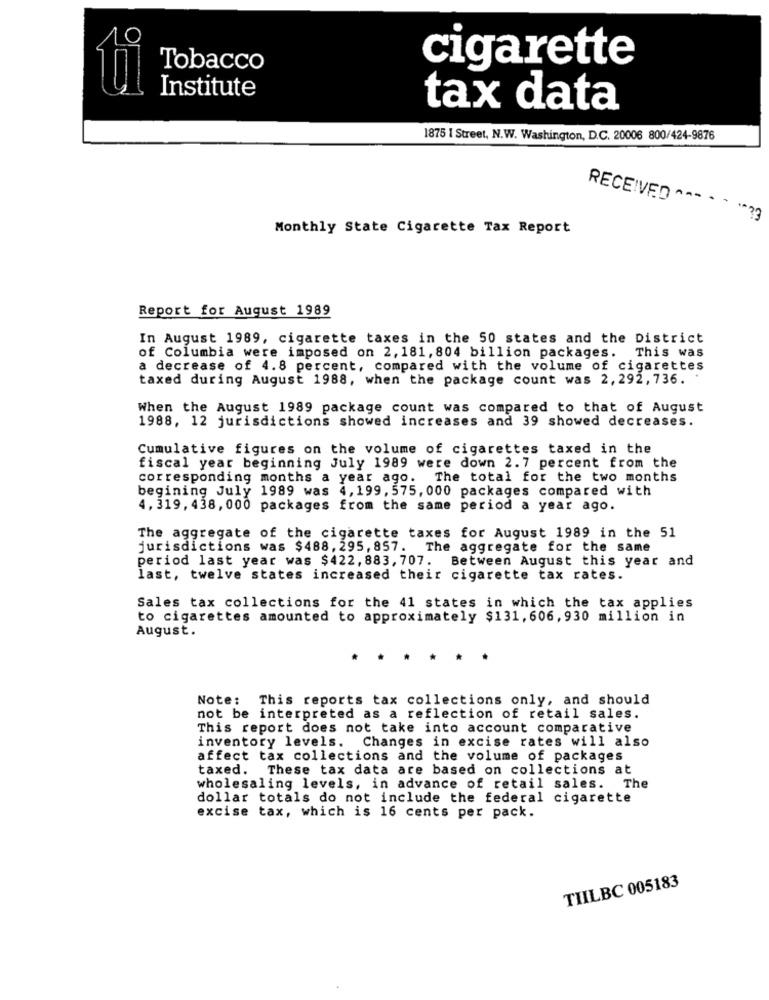
Tobacco
cigarette
ti
Institute
tax data
1875 1 Street, N.W. Washington, D.C. 20006 800/424-9876
RECEIVED -----
.. 22
Monthly State Cigarette Tax Report
Report for August 1989
In August 1989, cigarette taxes in the 50 states and the District
of Columbia were imposed on 2, 181, 804 billion packages. This was
a decrease of 4.8 percent, compared with the volume of cigarettes
taxed during August 1988, when the package count was 2, 292, 736.
When the August 1989 package count was compared to that of August
1988, 12 jurisdictions showed increases and 39 showed decreases.
Cumulative figures on the volume of cigarettes taxed in the
fiscal year beginning July 1989 were down 2.7 percent from the
corresponding months a year ago. The total for the two months
begining July 1989 was 4, 199, 575, 000 packages compared with
4, 319, 438, 000 packages from the same period a year ago.
The aggregate of the cigarette taxes for August 1989 in the 51
jurisdictions was $488, 295, 857.
The aggregate for the same
period last year was $422, 883, 707. Between August this year and
last, twelve states increased their cigarette tax rates.
Sales tax collections for the 41 states in which the tax applies
to cigarettes amounted to approximately $131, 606, 930 million in
August.
Note: This reports tax collections only, and should
not be interpreted as a reflection of retail sales.
This report does not take into account comparative
inventory levels. Changes in excise rates will also
affect tax collections and the volume of packages
taxed. These tax data are based on collections at
wholesaling levels, in advance of retail sales. The
dollar totals do not include the federal cigarette
excise tax, which is 16 cents per pack.
TILBC 005183